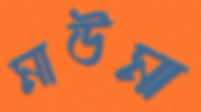
মাউমা